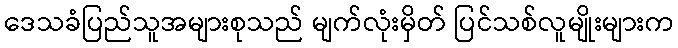
ဒေသခံပြည်သူအများစုသည် မျက်လုံးမှိတ် ပြင်သစ်လူမျိုးများက